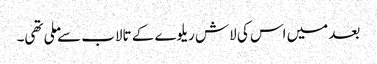
بعد میں اس کی لاش ریلوے کے تالاب سے ملی تھی۔